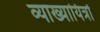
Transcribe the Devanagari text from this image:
व्याख्यायित्रों